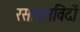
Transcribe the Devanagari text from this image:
रसायनविदों